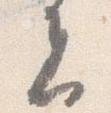
者